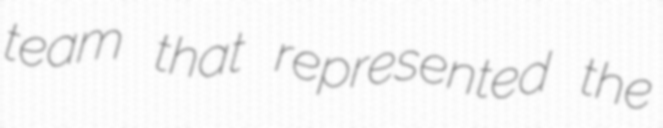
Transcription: team that represented the